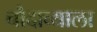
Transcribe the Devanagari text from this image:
चौदाव्याला